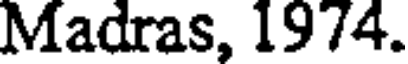
Madras, 1974.